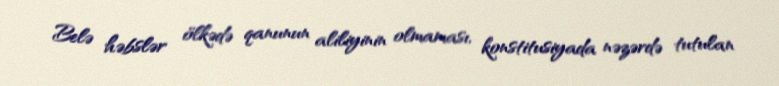
Belə həbslər ölkədə qanunun aliliyinin olmaması, konstitusiyada nəzərdə tutulan